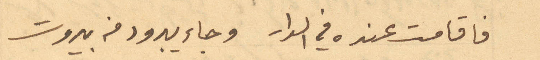
فاقامت عنده في الدار وجاء يبرود من بيروت